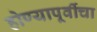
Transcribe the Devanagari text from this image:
होण्यापूर्वीचा